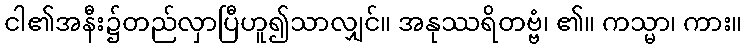
ငါ၏အနီး၌တည်လှာပြီဟူ၍သာလျှင်။ အနုဿရိတဗ္ဗံ၊ ၏။ ကသ္မာ၊ ကား။